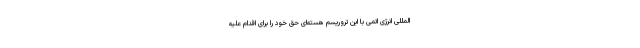
المللی انرژی اتمی با این تروریسم هسته‌ای حق خود را برای اقدام علیه